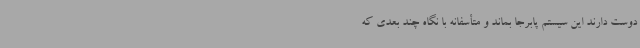
دوست دارند این سیستم پابرجا بماند و متأسفانه با نگاه چند بعدی که